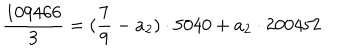
\frac { 1 0 9 4 6 6 } { 3 } = ( \frac { 7 } { 9 } - a _ { 2 } ) \cdot 5 0 4 0 + a _ { 2 } \cdot 2 0 0 4 5 2